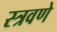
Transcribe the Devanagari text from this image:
स्त्रवणे